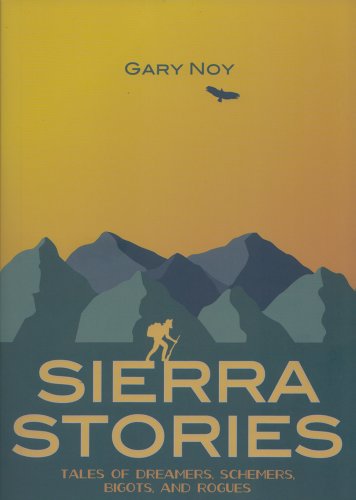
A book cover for Sierra Stories: Tales of Dreamers, Schemers, Bigots, and Rogues; Gary Noy; History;